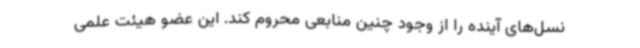
نسل‌های آینده را از وجود چنین منابعی محروم کند. این عضو هیئت علمی